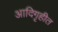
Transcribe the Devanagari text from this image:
आदिगृहीत